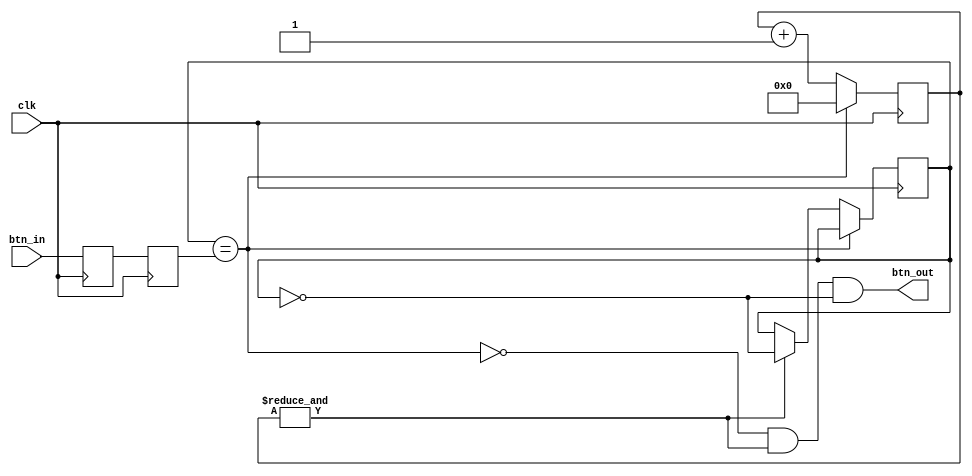
`timescale 1ns / 1ps
//////////////////////////////////////////////////////////////////////////////////
// Company: 
// Engineer: 
// 
// Design Name: 
// Module Name: push_button_delay
// Project Name: 
// Target Devices: 
// Tool Versions: 
// Description: 
// 
// Dependencies: 
// 
// Revision:
// Revision 0.01 - File Created
// Additional Comments:
// 
//////////////////////////////////////////////////////////////////////////////////

`timescale 1ns / 1ps
/*
module push_button_delay(

    input clk,      // 100MHz
    input btn_in,
    output btn_out
    );
    
    reg r1, r2, r3;
    
    always @(posedge clk) begin
        r1 <= btn_in;
        r2 <= r1;
        r3 <= r2;
    end
    
    assign btn_out = r3;
    
endmodule
*/

module push_button_delay(
    input clk,
    input btn_in,  // "PB" is the glitchy, asynchronous to clk, active high push-button signal

    // from which we make three outputs, all synchronous to the clock
    //output reg PB_state,  // 1 as long as the push-button is active (down)
    output btn_out  // 1 for one clock cycle when the push-button goes down (i.e. just pushed)
    //output PB_up   // 1 for one clock cycle when the push-button goes up (i.e. just released)
);
reg PB_state;

// First use two flip-flops to synchronize the PB signal the "clk" clock domain
reg PB_sync_0;  always @(posedge clk) PB_sync_0 <= btn_in;  // PB to make PB_sync_0 active high
reg PB_sync_1;  always @(posedge clk) PB_sync_1 <= PB_sync_0;

// Next declare a 16-bits counter
reg [15:0] PB_cnt;

// When the push-button is pushed or released, we increment the counter
// The counter has to be maxed out before we decide that the push-button state has changed

wire PB_idle = (PB_state==PB_sync_1);
wire PB_cnt_max = &PB_cnt;	// true when all bits of PB_cnt are 1's

always @(posedge clk)
if(PB_idle)
    PB_cnt <= 0;  // nothing's going on
else
begin
    PB_cnt <= PB_cnt + 16'd1;  // something's going on, increment the counter
    if(PB_cnt_max) PB_state <= ~PB_state;  // if the counter is maxed out, PB changed!
end

assign btn_out = ~PB_idle & PB_cnt_max & ~PB_state;
//assign PB_up   = ~PB_idle & PB_cnt_max &  PB_state;
endmodule